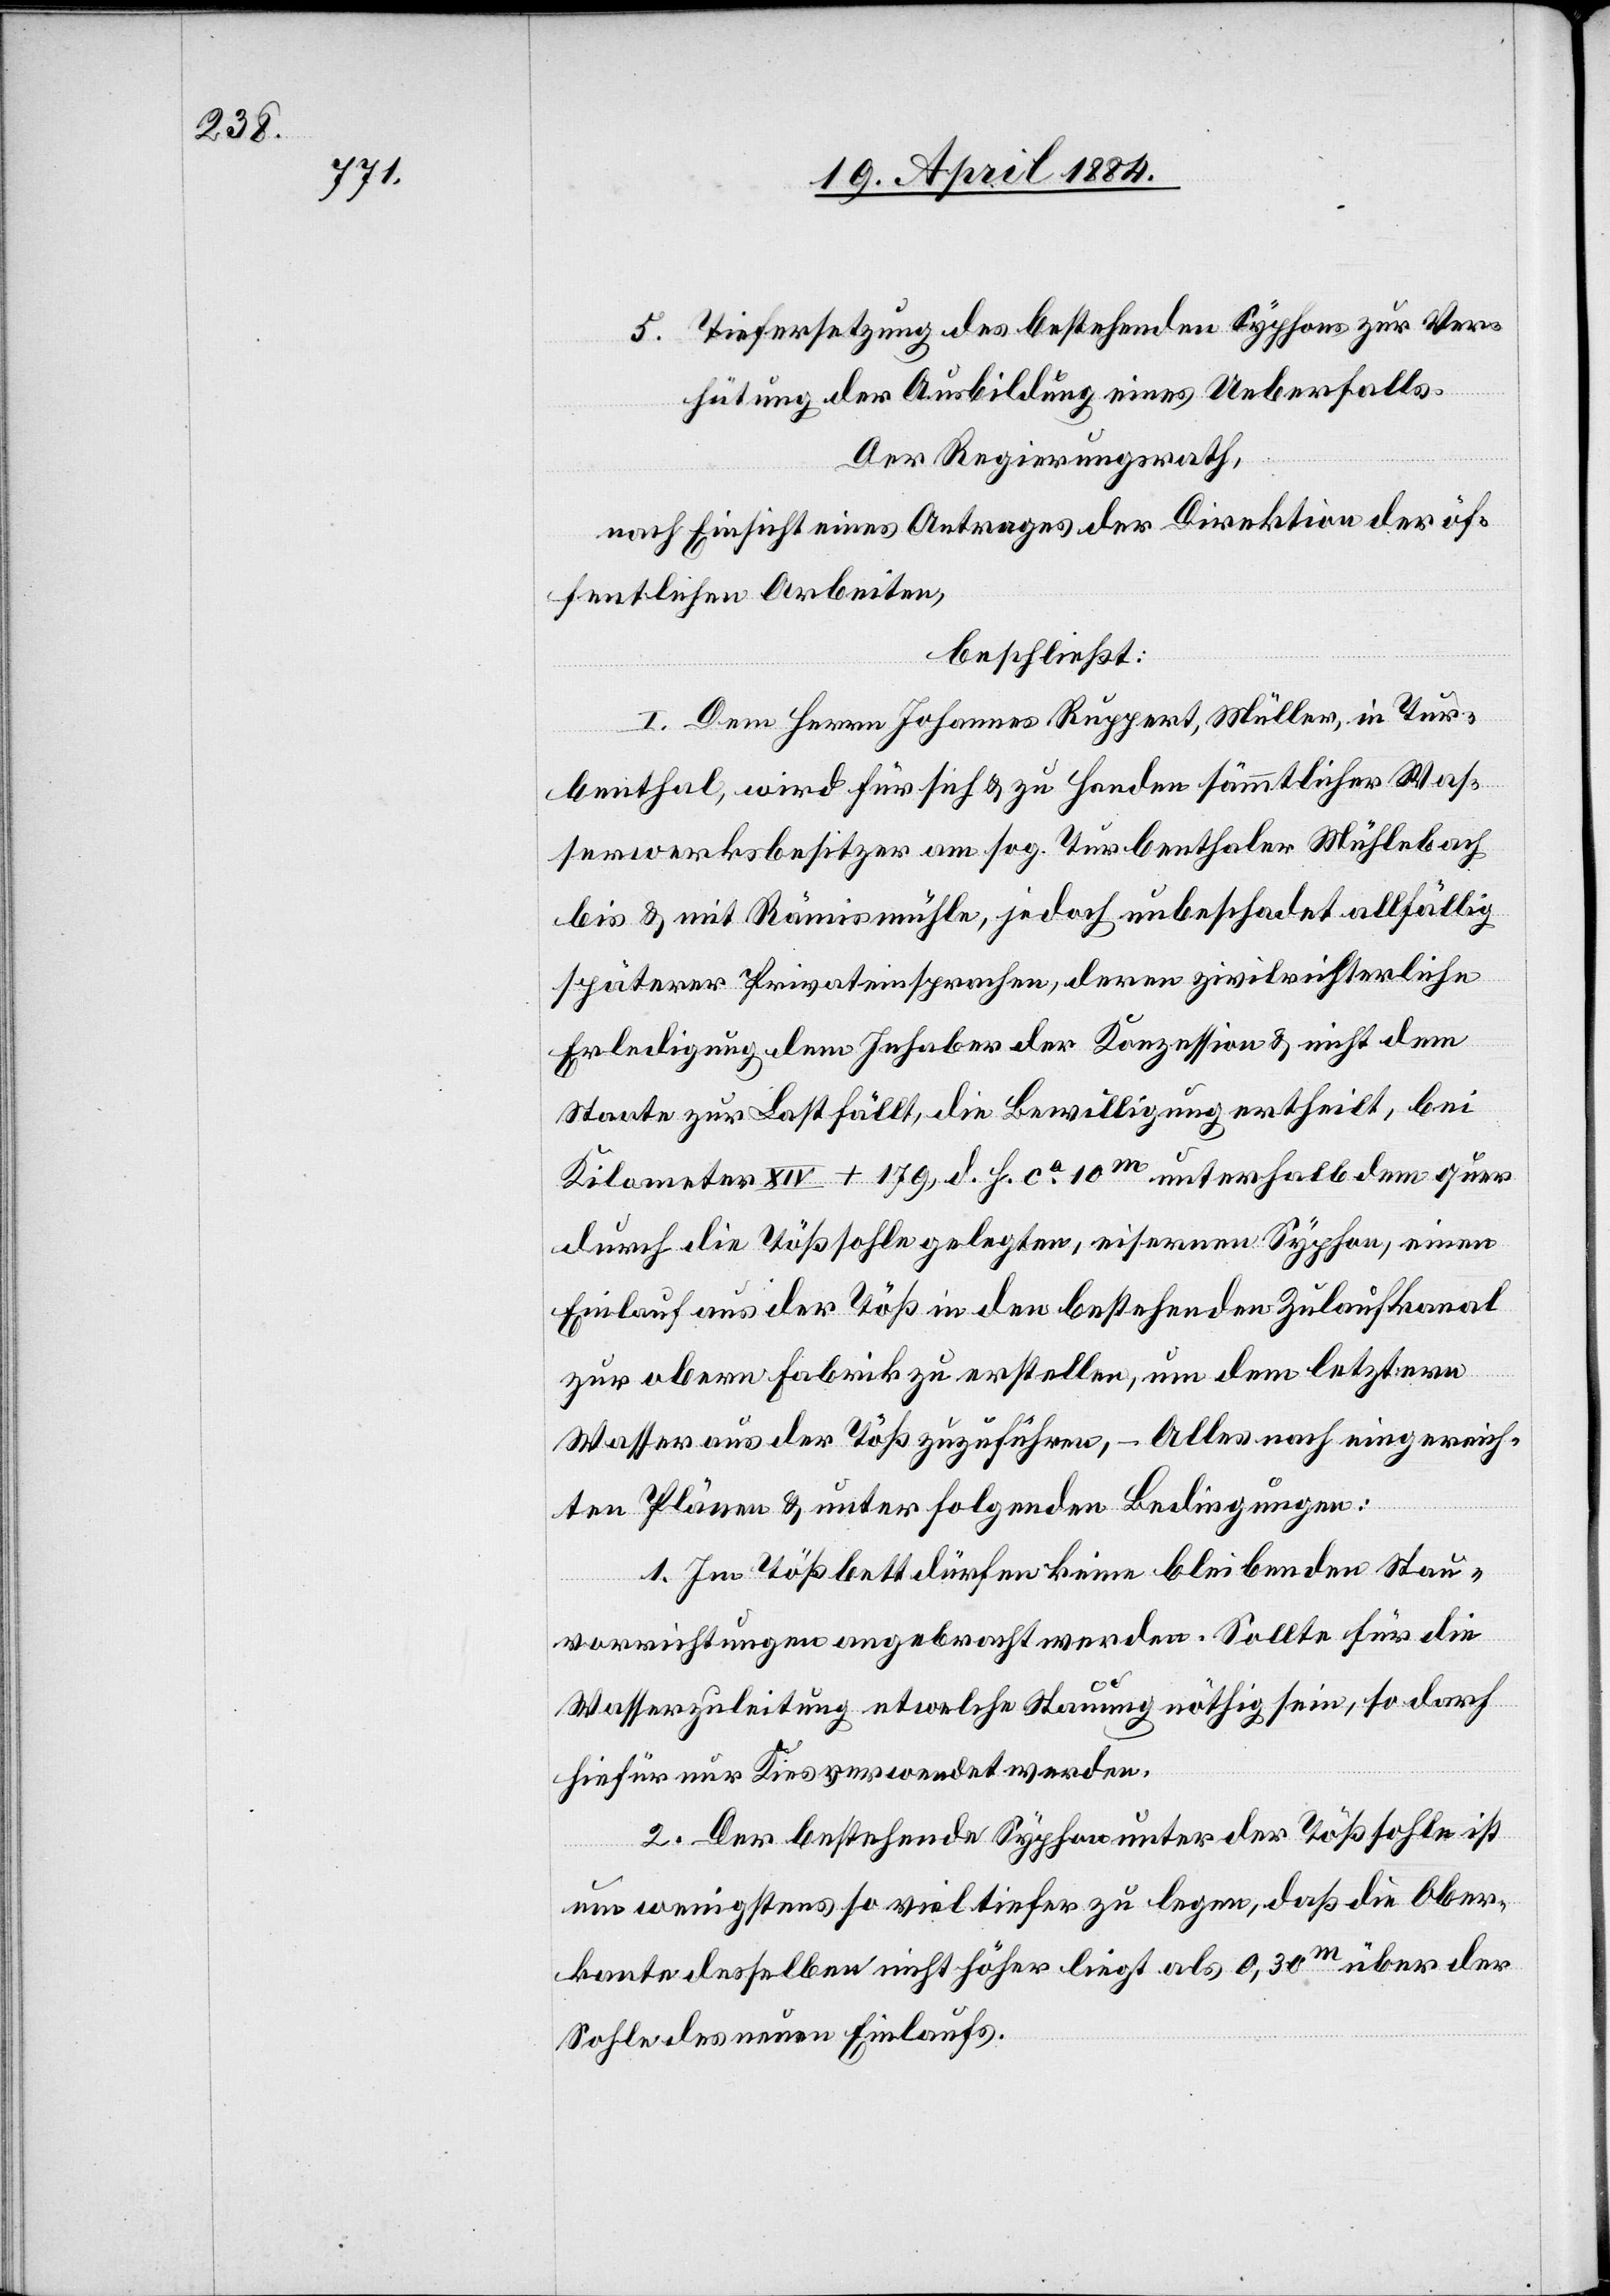
5. Tiefersetzung des bestehenden Syphons zur Ver¬
hütung der Ausbildung eines Ueberfalls.
Der Regierungsrath,
nach Einsicht eines Antrages der Direktion der öf¬
fentlichen Arbeiten,
beschließt:
I. Dem Herrn Johannes Ruppert, Müller, in Tur¬
benthal, wird für sich & zu Handen sämmtlicher Was¬
serwerksbesitzer am sog. Turbenthaler Mühlenbach
bis & mit Rämismühle, jedoch unbeschadet allfällig
späterer Privateinsprachen, deren zivilrichterliche
Erledigung dem Inhaber der Konzession & nicht dem
Staate zur Last fällt, die Bewilligung ertheilt, bei
Kilometer XIV + 179, d. h. ca 10m unterhalb dem quer
durch die Tößsohle gelegten, eisernen Syphon, einen
Einlauf aus der Töß in den bestehenden Zulaufkanal
zur obern Fabrik zu erstellen, um dem letztern
Wasser aus der Töß zuzuführen, – Alles nach eingereich¬
ten Plänen & unter folgenden Bedingungen:
1. Im Tößbett dürfen keine bleibenden Stau¬
vorrichtungen angebracht werden. Sollte für die
Wasserzuleitung etwelche Stauung nöthig sein, so darf
hiefür nur Kies verwendet werden.
2. Der bestehende Syphon unter der Tößsohle ist
um wenigstens so viel tiefer zu legen, daß die Ober¬
kante desselben nicht höher liegt als 0,30m über der
Sohle des neuen Einlaufs.